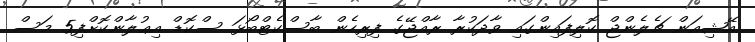
އޭޝިއަން ޗެލެންޖް ކޮލިފައިންގައި ވާދަކުރާ ރާއްޖޭގެ ފިރިހެން ބާސްކެޓްބޯޅަ ސްކޮޑް އިޢުލާންކޮށްފި5 މަސް